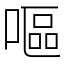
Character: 嘔